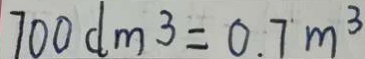
7 0 0 d m ^ { 3 } = 0 . 7 m ^ { 3 }